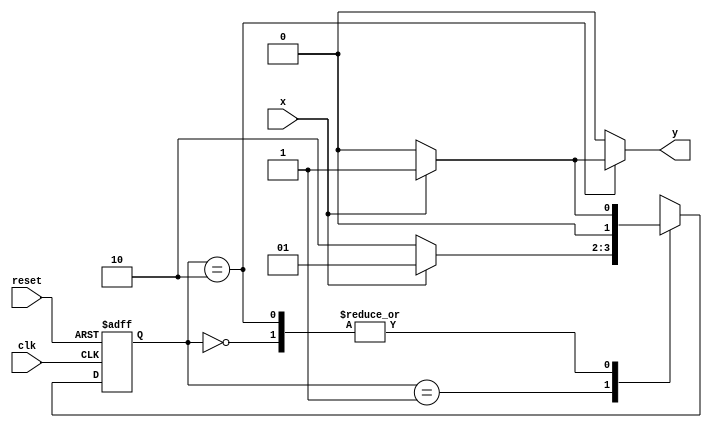
//----------------------------
// Nome: Silvino Henrique Santos de Souza
// Matrcula: 412773
//----------------------------


//----------------------------
//------ Guia 10 - 01---------
//----------------------------
 

// constant definitions
`define found    1
`define notfound 0

// FSM by Mealy
module exercicio01_seq010_mealy ( y, x, clk, reset );

	output y;
	input  x;
	input  clk;
	input  reset;

	reg    y;

	parameter         // state identifiers 
		start  = 2'b00,
		id0    = 2'b01,
		id01   = 2'b10;

	reg [1:0] E1;	// current state variables
	reg [1:0] E2;	// next state logic output

	// next state logic
   always @( x or E1 )
		begin
		y = `notfound;
		
		case ( E1 )
			start:
				if ( x )
					E2 = id0;
				else
					E2 = start;
				
			id0:
				if ( x )
					E2 = id0;
				else
					E2 = id01;

			id01:
				if ( x )
				begin
					E2 =  id0;
					y  = `found;
				end
				else
				begin
					E2 =  start;
					y  = `notfound;
				end
	 
			default:   // undefined state
				E2 =  2'bxx;
		endcase
	  
		end // always at signal or state changing
		

	// state variables
		always @( posedge clk or negedge reset )
		begin
			if ( reset )
				E1 = E2;    // updates current state
			else
				E1 = 0;     // reset
		end // always at signal changing

endmodule // exercicio01_seq010_mealy


module Exercicio1;
	
	reg   clk, reset, x;
	wire  m1;

	exercicio01_seq010_mealy M1( m1, x, clk, reset );

	initial
	begin
		$display("Silvino Henrique Santos de Souza - 412773 - Guia10");
		$display("\n Time\tX   Seq 010" );

	// initial values
       clk   = 1;
       reset = 0;
       x     = 0;

	// input signal changing
		#10   reset = 1;
		#10  x = 1;
		#10  x = 0;
		#10  x = 0;
		#10  x = 1;
		#10  x = 0;
		#10  x = 1;
		#10  x = 1;
		#10  x = 1;
		#10  x = 1;
		#10  x = 0;
		#10  x = 1;
		#10  x = 1;
		#10  x = 1;
		#10  x = 0;
		#10  x = 1;
		#10  x = 0;
		#10  x = 0;
		#10  x = 0;
		
		#5 $finish;
	
	end // initial

	always
		#5 clk = ~clk;

	always @( posedge clk )
	begin
		$display ( "%4d \t%b\t%b", $time, x, m1);
	end // always at positive edge clocking changing

endmodule